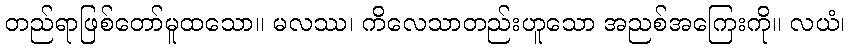
တည်ရာဖြစ်တော်မူထသော။ မလဿ၊ ကိလေသာတည်းဟူသော အညစ်အကြေးကို။ လယံ၊